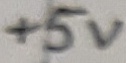
Text: +5V